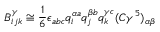
B _ { i j k } ^ { \gamma } \cong \frac { 1 } { 6 } \epsilon _ { a b c } q _ { i } ^ { \alpha a } q _ { j } ^ { \beta b } q _ { k } ^ { \gamma c } ( C \gamma ^ { 5 } ) _ { \alpha \beta }